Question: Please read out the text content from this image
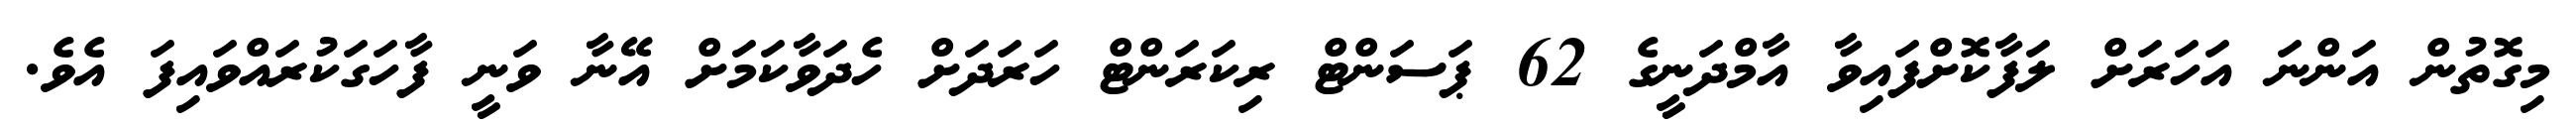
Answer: މިގޮތުން އަންނަ އަހަރަށް ލަފާކޮށްފައިވާ އާމްދަނީގެ 62 ޕަސަންޓް ރިކަރަންޓް ހަރަދަށް ހެދަވާކަމަށް އޭނާ ވަނީ ފާހަގަކުރައްވައިފަ އެވެ.